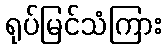
ရုပ်မြင်သံကြား